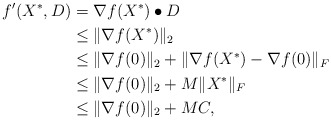
\begin{align*}f'(X^*,D) &=\nabla f(X^*)\bullet D\\&\le\|\nabla f(X^*)\|_2\\&\le\|\nabla f(0)\|_2+\|\nabla f(X^*)-\nabla f(0)\|_F\\&\le\|\nabla f(0)\|_2+M\|X^*\|_F\\&\le\|\nabla f(0)\|_2+MC,\end{align*}